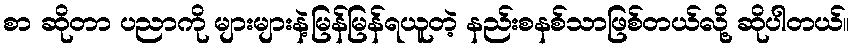
စာ ဆိုတာ ပညာကို များများနဲ့မြန်မြန်ရယူတဲ့ နည်းစနစ်သာဖြစ်တယ်လို့ ဆိုပါတယ်။